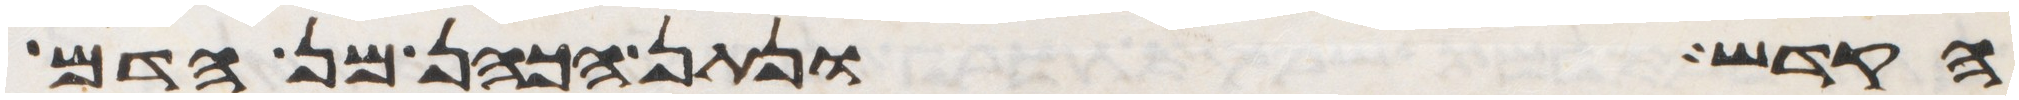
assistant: הקדש ונתן הכהן מן הדם